342_HS1-416511228_319.1 Flying Discs 1949
Agency: Department of War
Incident date: 1/9/50
Page 63
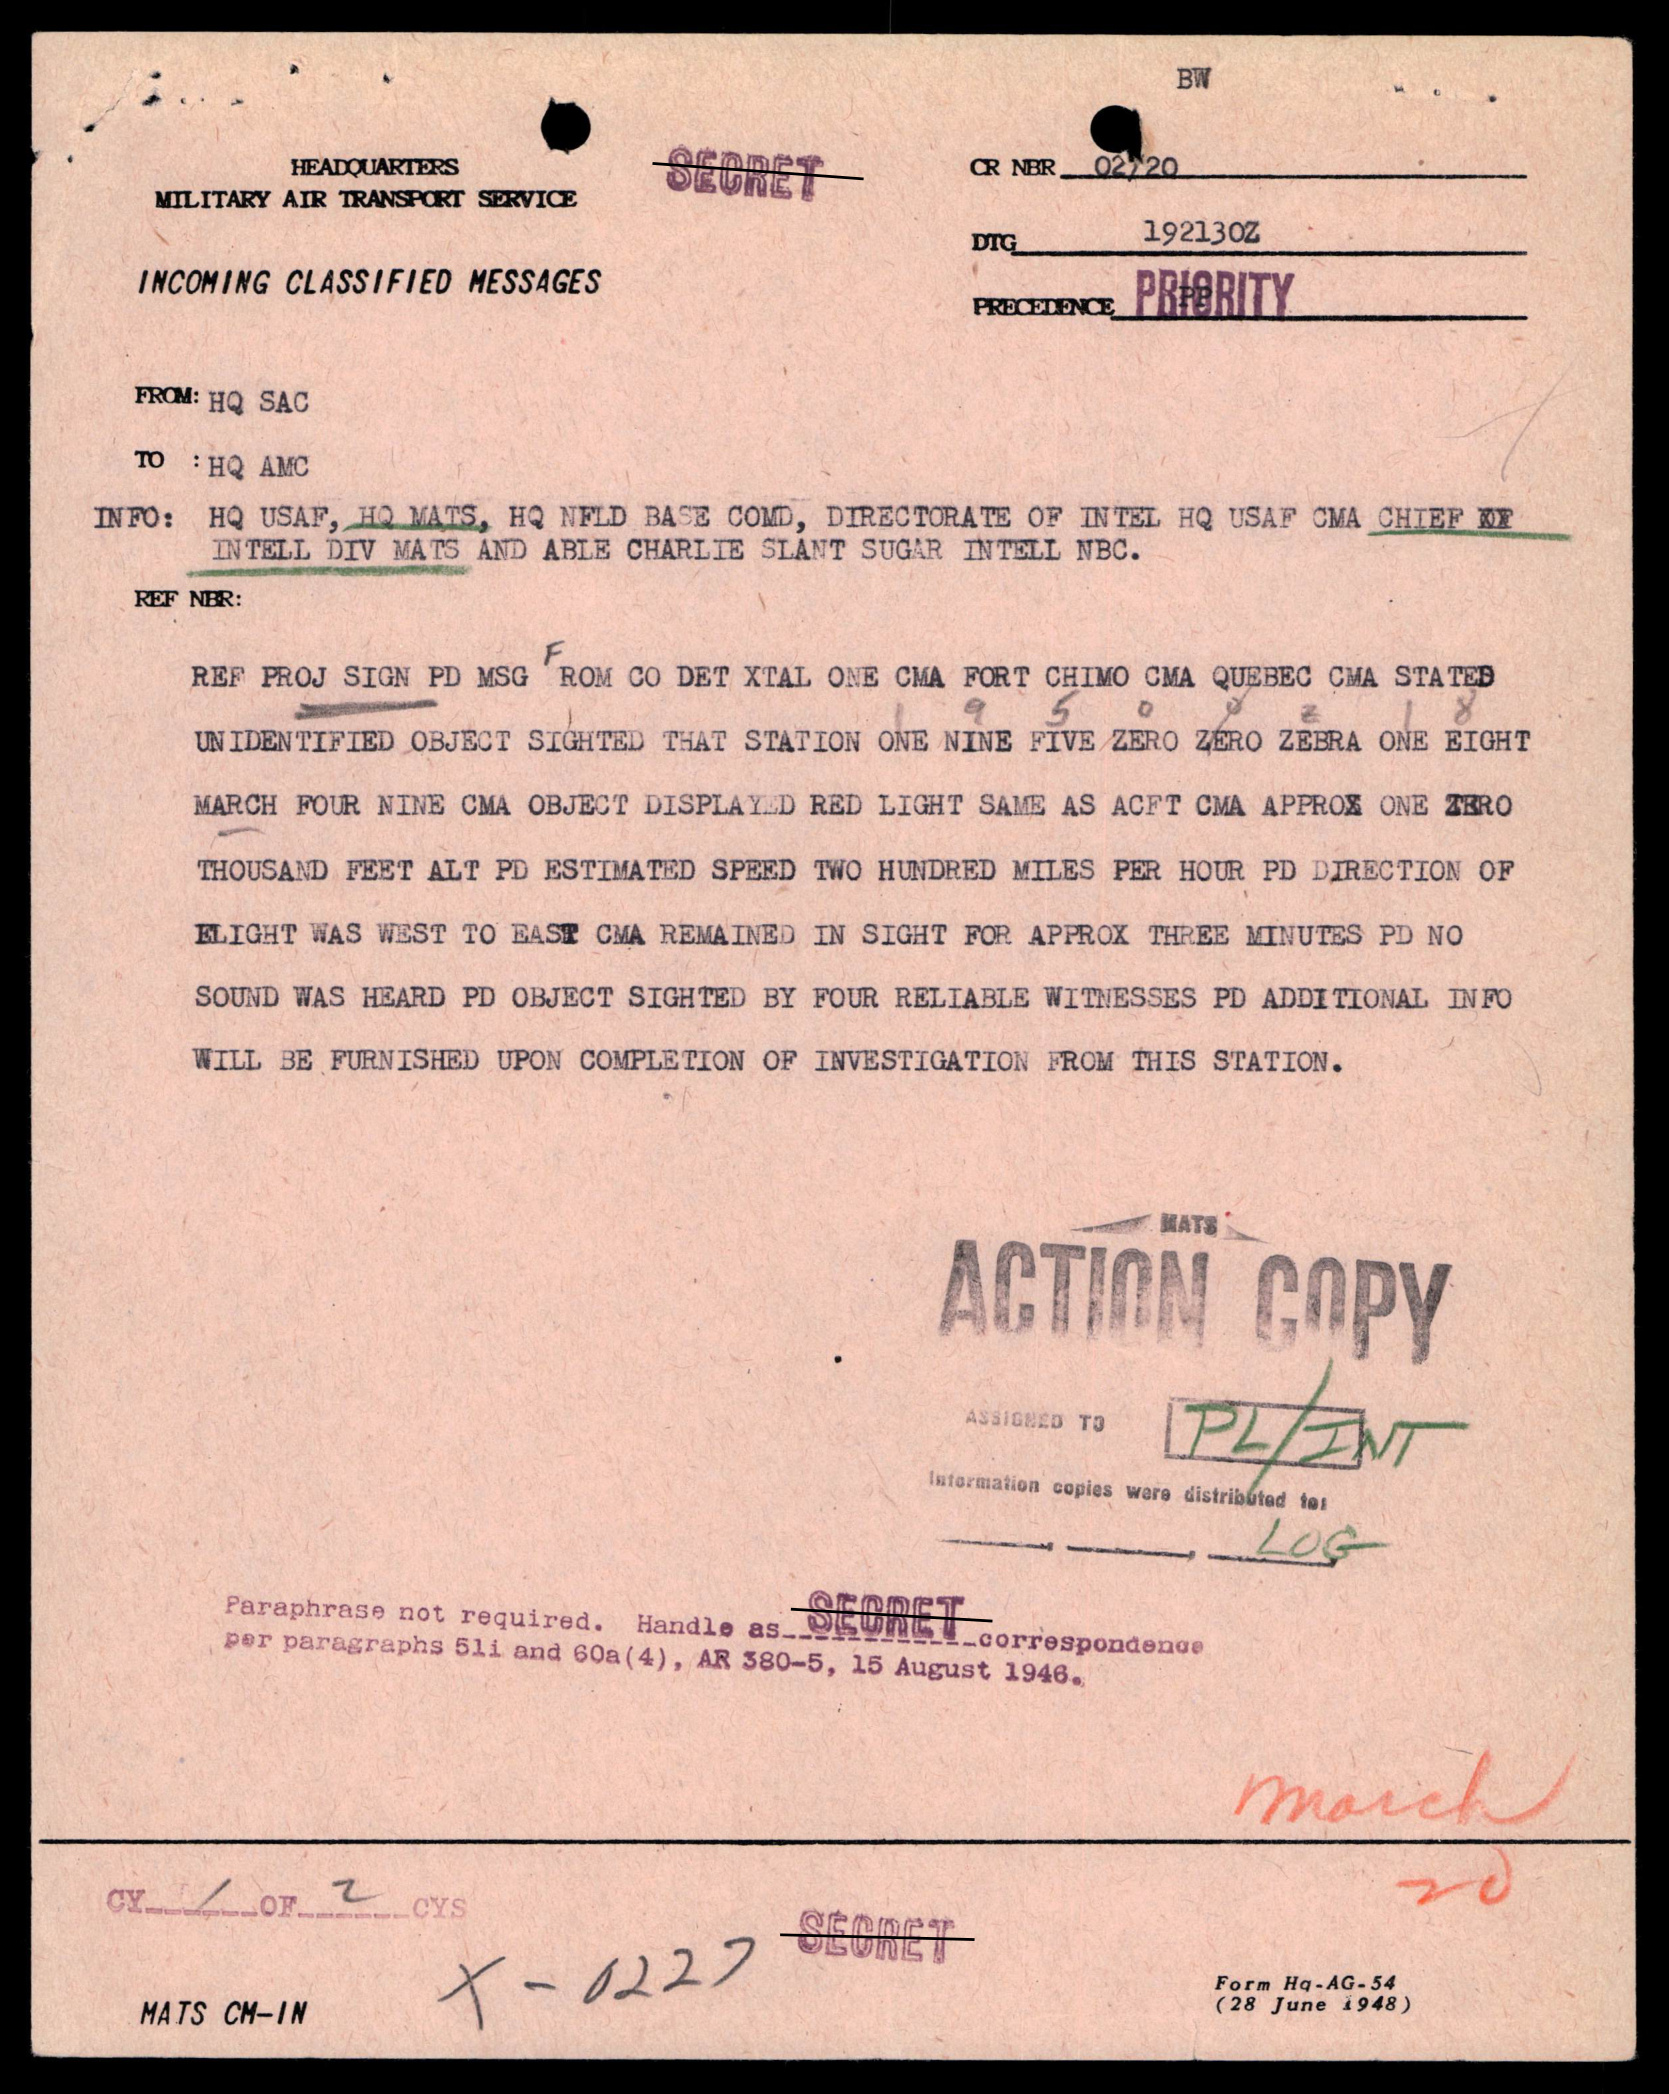